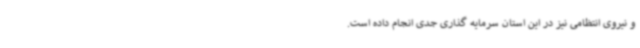
و نیروی انتظامی نیز در این استان سرمایه گذاری جدی انجام داده است.